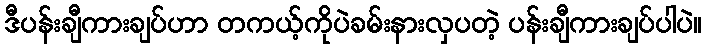
ဒီပန်းချီကားချပ်ဟာ တကယ့်ကိုပဲခမ်းနားလှပတဲ့ ပန်းချီကားချပ်ပါပဲ။